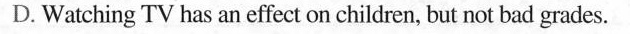
D.Watching TV has an effect on children, but not bad grades.